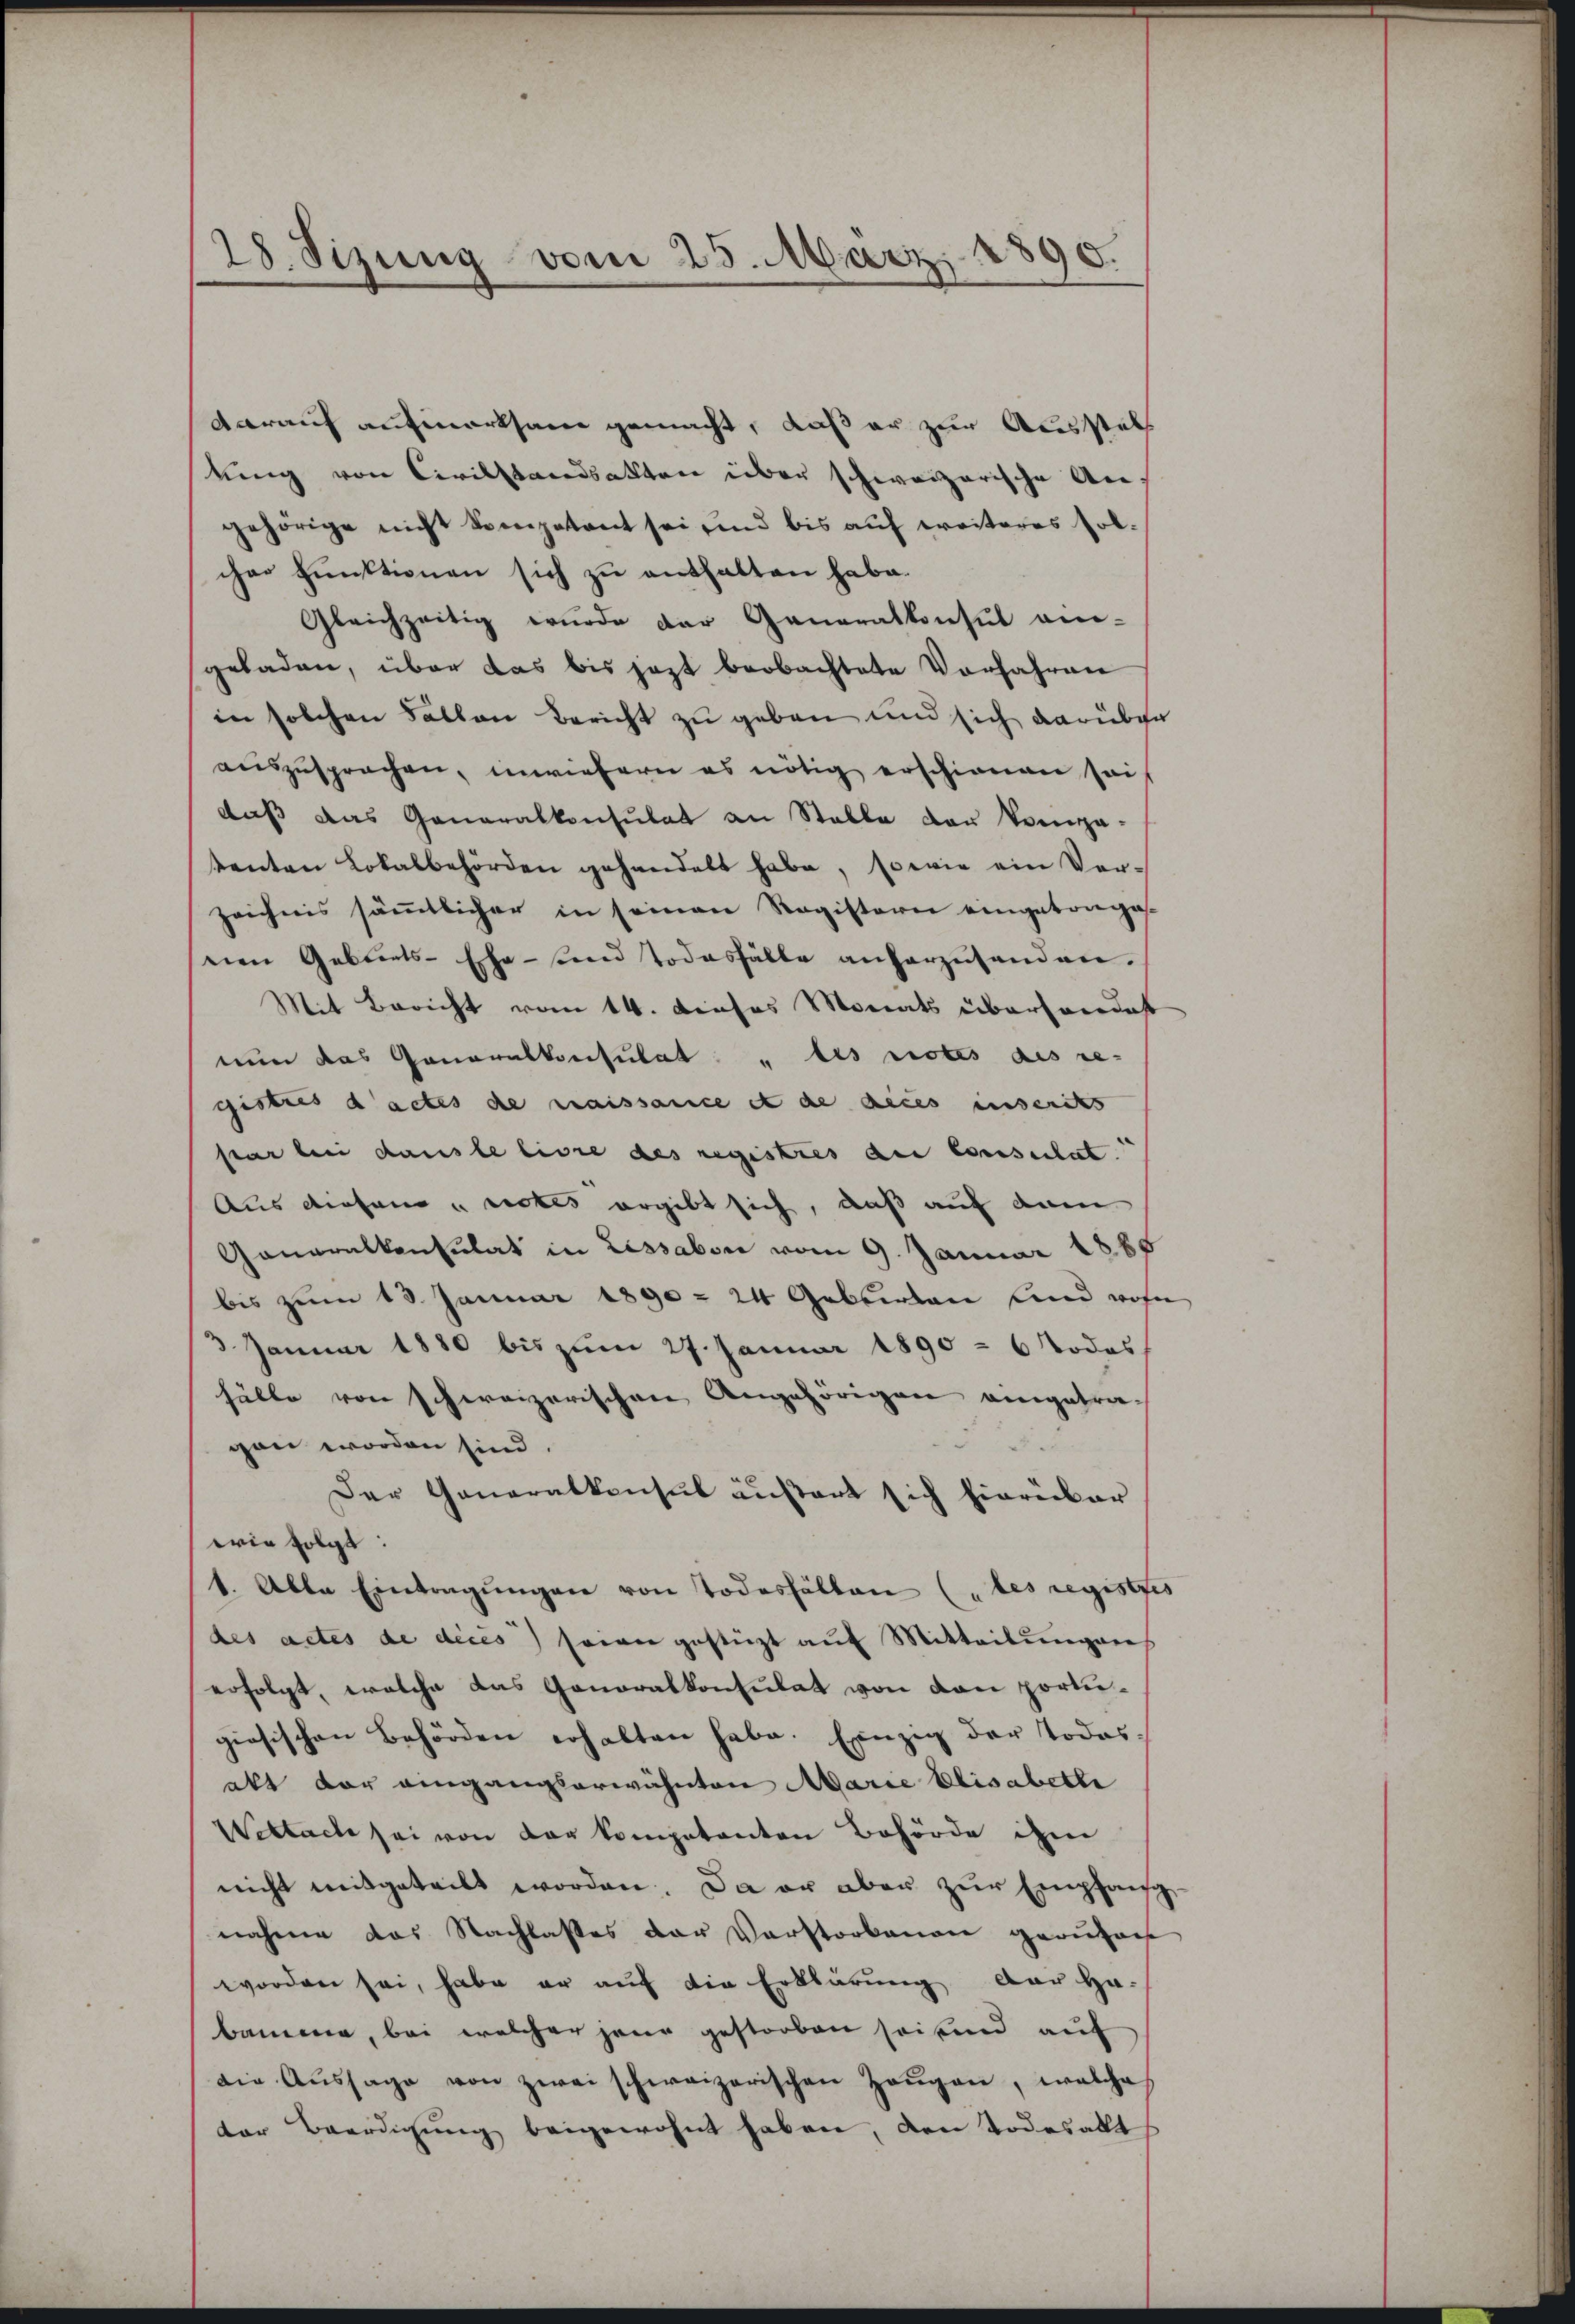
28. Sizung vom 25. März 1890.

darauf aufmerksam gemacht, daß er zur Ausstel
kung von Civilstandsakten über schweizerische An
gehörige nicht kompetent sei und bis auf weiteres solcher Funktionen sich zu enthalten habe.
Gleichzeitig wurde der Generalkonsul an-
geladen, über das bis jezt beobachtete Vorfahren
in solchen Fallen Bericht zu geben und sich darüber
auszusprechen, inwiefern es nötig erschienen sei
daß das Generalkonsulat an Stelle der Verga-
tenten Lokalbehörden gehandelt habe, sowie ein Ver-
zeichnis sämmtlicher in seinen Registerie eingetanges
nen Gebiets-Ehe- und Todesfälle anharznhanden.
Mit Bericht vom 14. Dieses Monats überhandest
nun das Generalkonsulat " les rotes des re-
gistris d’actes die naissance et de dies inserets
sar bei dans le livre des registres au consulat
Aus diesem „notes ergibt sich, daß auf dem
Generalkonsulat in Lissabon vom 9. Januar 1888
bis zum 13. Januar 1890 = 24 Gablirten und wohn
3 Januar 1880 bis zum 27. Januar 1890 = 6 Todes
hälte von schweizerischen Angehörigen eingetragen worden sind.
Der Generalkonsul äußert sich hierüber
wie folgt:
1. Alle Eintragŭngen von Todesfällen (des registres
des actes de dices seien gestüzt aŭf Mitteilŭngen
erfolgt, welche das Generalkonsulat von den portigiesischen Behörden erhalten habe. Einzig der Todes-
akt der eingangserwähnten Marie Elisabethe
Wettach sei von der kompetenten Behörde ihm
nicht mitgeteilt worden. Da er aber zur Empfangnahme das Nachlasses der Verstorbenen gerufen
worden sei, habe er auf die Erklärung der Ha
bamene, bei welcher jene gestorben sei sind auf
die Aŭssage von zwei schweizerischen Zeŭgen, welche
ter Beerdigŭng beigewohnt haben, den Todesalt